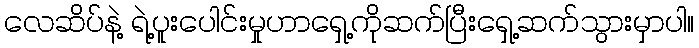
လေဆိပ်နဲ့ ရဲ့ပူးပေါင်းမှုဟာရှေ့ကိုဆက်ပြီးရှေ့ဆက်သွားမှာပါ။